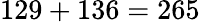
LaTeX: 129+136=265